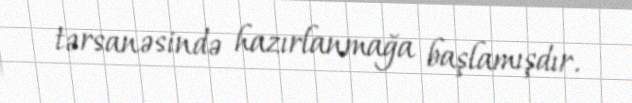
tərsanəsində hazırlanmağa başlamışdır.